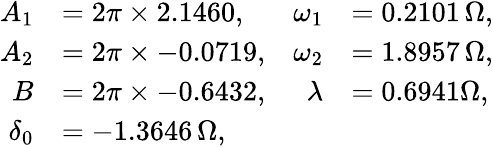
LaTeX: \begin{array}{rlrl}{A_{1}}&{=2\pi\times 2.1460,}&{\omega_{1}}&{=0.2101\, \Omega,}\\ {A_{2}}&{=2\pi\times-0.0719,}&{\omega_{2}}&{=1.8957\, \Omega,}\\ {B}&{=2\pi\times-0.6432,}&{\lambda}&{=0.6941\Omega,}\\ {\delta_{0}}&{=-1.3646\, \Omega,}\end{array}